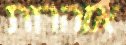
אזהרות